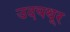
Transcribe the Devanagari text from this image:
उदयथूर